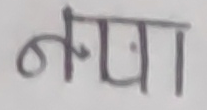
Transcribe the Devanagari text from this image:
नाबा